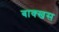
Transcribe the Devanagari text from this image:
बाक्खस